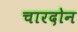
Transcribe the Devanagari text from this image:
चारदोन